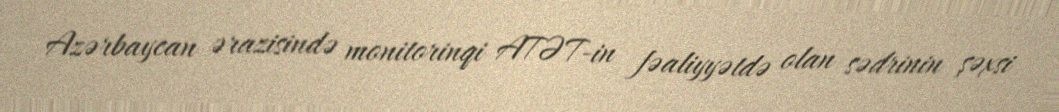
Azərbaycan ərazisində monitorinqi ATƏT-in fəaliyyətdə olan sədrinin şəxsi